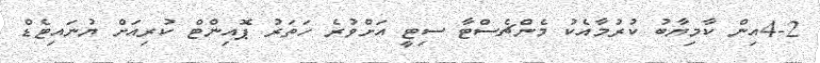
4-2އިން ކާމިޔާބު ކުރުމާއެކު މެންޗެސްޓާ ސިޓީ އަށްވުރެ ހަތަރު ޕޮއިންޓް ކުރިއަށް ޔުނައިޓެޑް